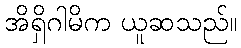
အိရှိဂါမိက ယူဆသည်။